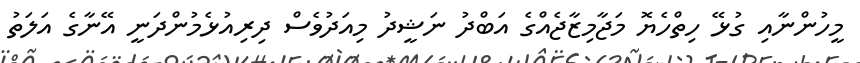
މީހުންނާއި ގުޅޭ ހިތްހެޔޮ މަޖާމިޒާޖެއްގެ އަބްދު ނަޝީދު މިއަދުވެސް ދިރިއުޅެމުންދަނީ އޭނާގެ އަލަތު